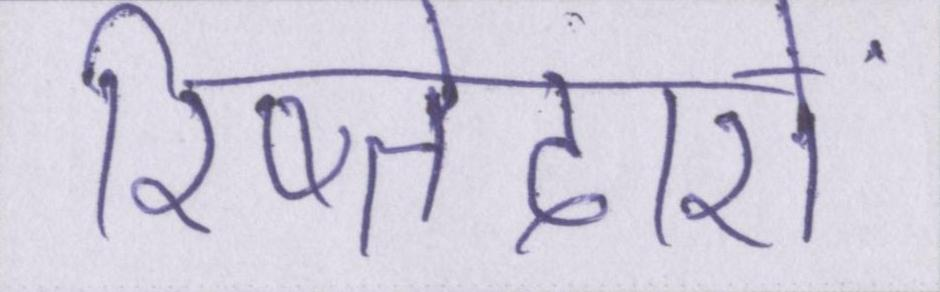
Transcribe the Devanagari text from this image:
रिष्तेदारों